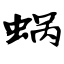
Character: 蜗